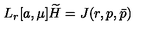
L _ { r } [ a , \mu ] \widetilde { H } = J ( r , p , \bar { p } )